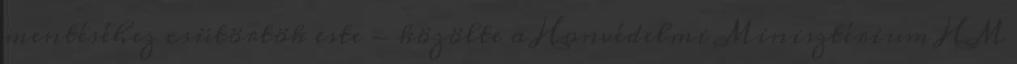
mentéséhez csütörtök este - közölte a Honvédelmi Minisztérium HM